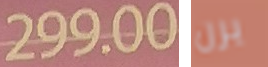
299.00 يرن